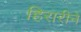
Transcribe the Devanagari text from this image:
हिरारीने